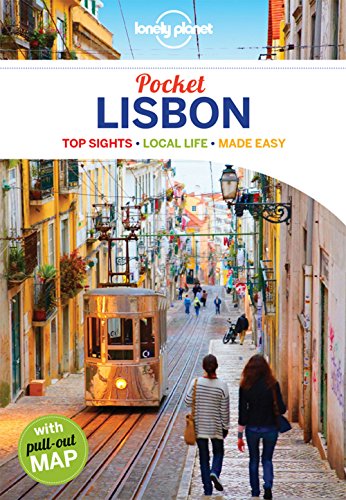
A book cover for Lonely Planet Pocket Lisbon (Travel Guide); Lonely Planet; Travel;